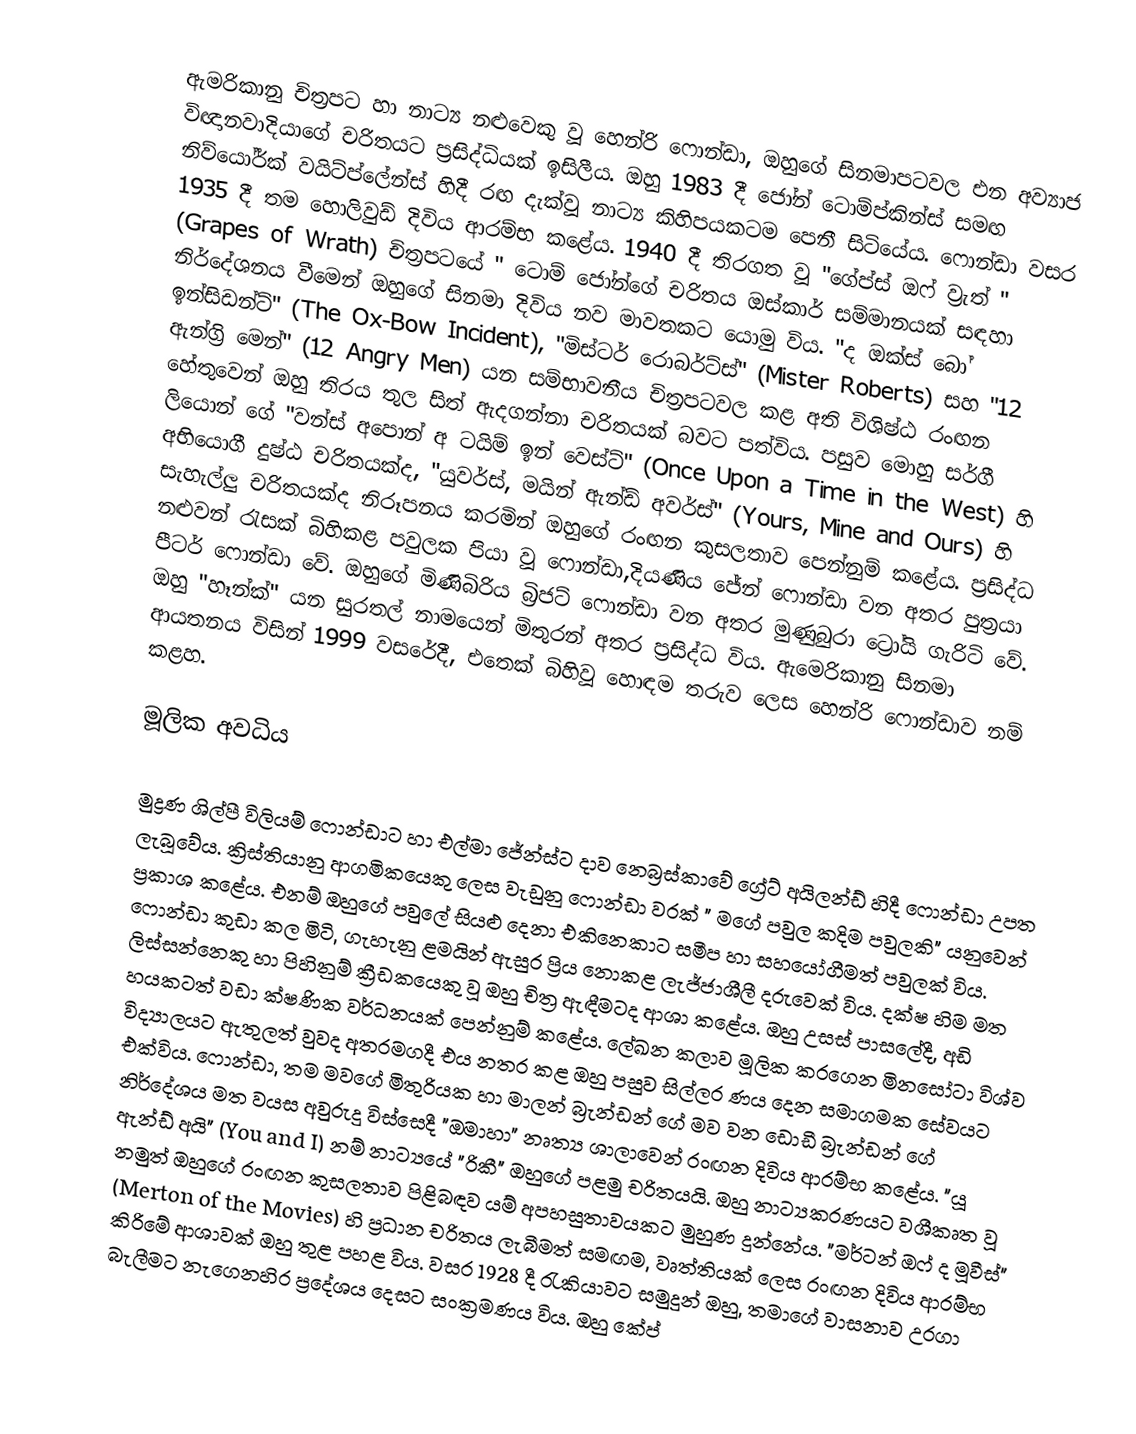
ඇමරිකානු චිත්‍රපට හා නාට්‍ය නළුවෙකු වූ හෙන්රි ෆොන්ඩා, ඔහුගේ සිනමාපටවල එන අව්‍යාජ විඥානවාදියාගේ චරිතයට ප්‍රසිද්ධියක් ඉසිලීය. ඔහු 1983 දී ජෝන් ටොම්ප්කින්ස් සමඟ නිව්යෝර්ක් වයිට්ප්ලේන්ස් හිදී රඟ දැක්වූ නාට්‍ය කිහිපයකටම පෙනී සිටියේය. ෆොන්ඩා වසර 1935 දී තම හොලිවුඩ් දිවිය ආරම්භ කළේය. 1940 දී තිරගත වූ "ගේප්ස් ඔෆ් ව්‍රැත් " (Grapes of Wrath) චිත්‍රපටයේ " ටොම් ජෝන්ගේ චරිතය ඔස්කාර් සම්මානයක් සඳහා නිර්දේශනය වීමෙන් ඔහුගේ සිනමා දිවිය නව මාවතකට යොමු විය. "ද ඔක්ස් බෝ ඉන්සිඩන්ට්" (The Ox-Bow Incident), "මිස්ටර් රොබර්ට්ස්" (Mister Roberts) සහ "12 ඇන්ග්‍රි මෙන්" (12 Angry Men) යන සම්භාවනීය චිත්‍රපටවල කළ අති විශිෂ්ඨ රංඟන හේතුවෙන් ඔහු තිරය තුල සිත් ඇදගන්නා චරිතයක් බවට පත්විය. පසුව මොහු සර්ගී ලියොන් ගේ "වන්ස් අපොන් අ ටයිම් ඉන් වෙස්ට්" (Once Upon a Time in the West) හි අභියොගී දුෂ්ඨ චරිතයක්ද, "යුවර්ස්, මයින් ඇන්ඩ් අවර්ස්" (Yours, Mine and Ours) හි සැහැල්ලු චරිතයක්ද නිරූපනය කරමින් ඔහුගේ රංඟන කුසලතාව පෙන්නුම් කළේය. ප්‍රසිද්ධ නළුවන් රැසක් බිහිකළ පවුලක පියා වූ ෆොන්ඩා,දියණිය ජේන් ෆොන්ඩා වන අතර පුත්‍රයා පීටර් ෆොන්ඩා වේ. ඔහුගේ මිණිබිරිය බ්‍රිජට් ෆොන්ඩා වන අතර මුණුබුරා ට්‍රෝයි ගැරිටි වේ. ඔහු "හෑන්ක්" යන සුරතල් නාමයෙන් මිතුරන් අතර ප්‍රසිද්ධ විය. ඇමෙරිකානු සිනමා ආයතනය විසින් 1999 වසරේදී, එතෙක් බිහිවූ හොඳම තරුව ලෙස හෙන්රි ෆොන්ඩාව නම් කළහ.

මූලික අවධිය

මුද්‍රණ ශිල්පී විලියම් ෆොන්ඩාට හා එල්මා ජේන්ස්ට දාව නෙබ්‍රස්කාවේ ග්‍රේට් අයිලන්ඩ් හිදී ෆොන්ඩා උපත ලැබූවේය. ක්‍රිස්තියානු ආගමිකයෙකු ලෙස වැඩුනු ෆොන්ඩා වරක් " මගේ පවුල කදිම පවුලකි" යනුවෙන් ප්‍රකාශ කළේය. එනම් ඔහුගේ පවුලේ සියළු දෙනා එකිනෙකාට සමීප හා සහයෝගීමත් පවුලක් විය. ෆොන්ඩා කුඩා කල මිටි, ගැහැනු ළමයින් ඇසුර ප්‍රිය නොකළ ලැජ්ජාශීලී දරුවෙක් විය. දක්ෂ හිම මත ලිස්සන්නෙකු හා පිහිනුම් ක්‍රීඩකයෙකු වූ ඔහු චිත්‍ර ඇඳීමටද ආශා කළේය. ඔහු උසස් පාසලේදී, අඩි හයකටත් වඩා ක්ෂණික වර්ධනයක් පෙන්නුම් කළේය. ලේඛන කලාව මූලික කරගෙන මිනසෝටා විශ්ව විද්‍යාලයට ඇතුලත් වුවද අතරමගදී එය නතර කළ ඔහු පසුව සිල්ලර ණය දෙන සමාගමක සේවයට එක්විය. ෆොන්ඩා, තම මවගේ මිතුරියක හා මාලන් බ්‍රැන්ඩන් ගේ මව වන ඩොඩී බ්‍රැන්ඩන් ගේ නිර්දේශය මත වයස අවුරුදු විස්සෙදී "ඔමාහා" නෘත්‍ය ශාලාවෙන් රංඟන දිවිය ආරම්භ කළේය. "යූ ඇන්ඩ් අයි" (You and I) නම් නාට්‍යයේ "රිකී" ඔහුගේ පළමු චරිතයයි. ඔහු නාට්‍යකරණයට වශීකෘත වූ නමුත් ඔහුගේ රංඟන කුසලතාව පිළිබඳව යම් අපහසුතාවයකට මුහුණ දුන්නේය. "මර්ටන් ඔෆ් ද මූවීස්" (Merton of the Movies) හි ප්‍රධාන චරිතය ලැබීමත් සමඟම, වෘත්තියක් ලෙස රංඟන දිවිය ආරම්භ කිරිමේ ආශාවක් ඔහු තුළ පහළ විය. වසර 1928 දී රැකියාවට සමුදුන් ඔහු, තමාගේ වාසනාව උරගා බැලීමට නැගෙනහිර ප්‍රදේශය දෙසට සංක්‍රමණය විය. ඔහු කේප්